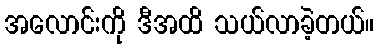
အလောင်းကို ဒီအထိ သယ်လာခဲ့တယ်။